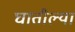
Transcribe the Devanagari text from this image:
घातील्या